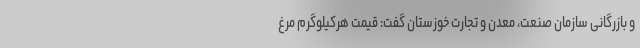
و بازرگانی سازمان صنعت، معدن و تجارت خوزستان گفت: قیمت هرکیلوگرم مرغ